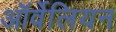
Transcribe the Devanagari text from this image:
ऑर्वेलियन